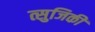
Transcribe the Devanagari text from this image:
त्सुजिकी